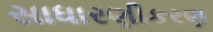
સાધારણીકરણ